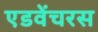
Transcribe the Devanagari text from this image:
एडवेंचरस